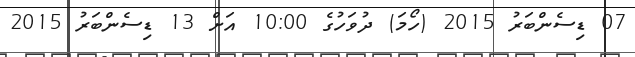
07 ޑިސެންބަރު 2015 (ހޯމަ) ދުވަހުގެ 10:00 އަށް 13 ޑިސެންބަރު 2015